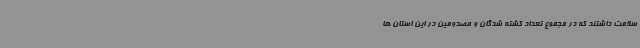
سلامت داشتند که در مجموع تعداد کشته شدگان و مصدومین در این استان ها